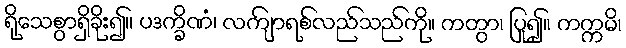
ရိုသေစွာရှိခိုး၍။ ပဒက္ခိဏံ၊ လကျ်ာရစ်လည်သည်ကို။ ကတွာ၊ ပြု၍။ ကက္ကမိ၊